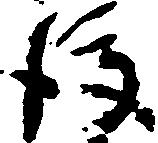
後